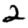
Digit: 2